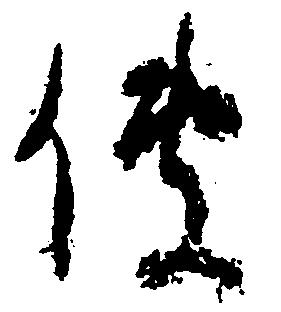
伝